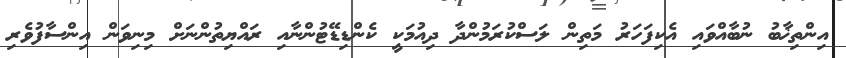
އިންތިޚާބު ނުބާއްވައި އެކިފަހަރު މަތިން ލަސްކުރަމުންދާ ދިއުމަކީ ކެންޑިޑޭޓުންނާއި ރައްޔިތުންނަށް މިނިވަން އިންސާފުވެރި